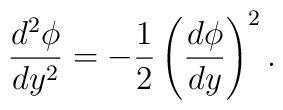
{d^{2}\phi\over{dy^{2}}} = - {1\over 2} \left({d\phi\over dy}\right)^{2}.